Source: Handwritten
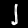
Digit: ၂ (2)